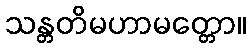
သန္တတိမဟာမတ္တော။